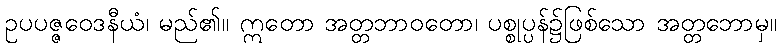
ဥပပဇ္ဇဝေဒနီယံ၊ မည်၏။ ဣတော အတ္တဘာဝတော၊ ပစ္စုပ္ပန်၌ဖြစ်သော အတ္တဘောမှ။